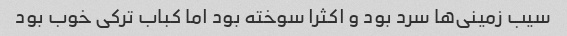
سیب زمینی‌ها سرد بود و اکثرا سوخته بود اما کباب ترکی خوب بود